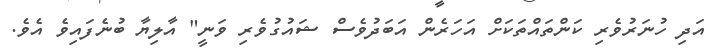
އަދި ހުނަރުވެރި ކަންތައްތަކަށް އަހަރެން އަބަދުވެސް ޝައުގުވެރި ވަނީ" އާލިޔާ ބުނެފައިވެ އެވެ.